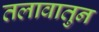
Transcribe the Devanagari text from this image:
तलावातुन